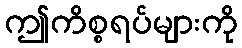
ဤကိစ္စရပ်များကို